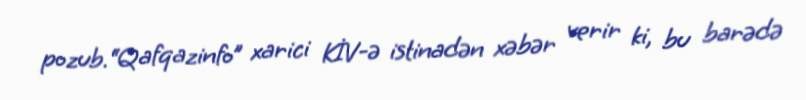
pozub.“Qafqazinfo” xarici KİV-ə istinadən xəbər verir ki, bu barədə